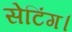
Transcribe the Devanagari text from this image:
सेटिंग।